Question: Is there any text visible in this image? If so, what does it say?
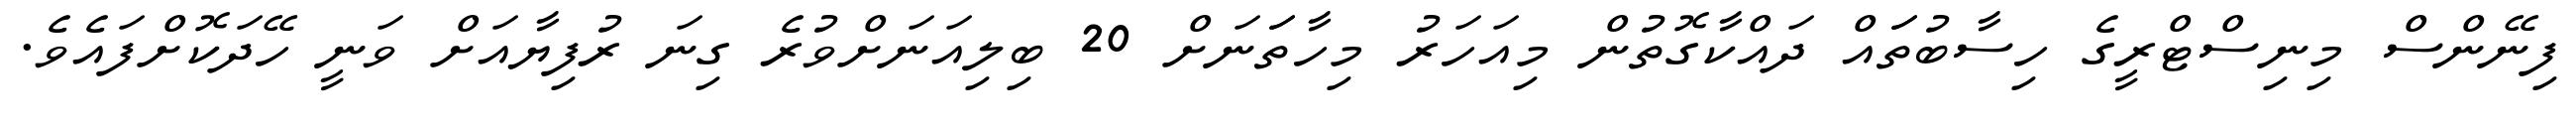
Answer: ފިނޭންސް މިނިސްޓްރީގެ ހިސާބުތަައް ދައްކާގޮތުން މިއަހަރު މިހާތަަނަށް 20 ބިލިއަނަށްވުރެ ގިނަ ރުފިޔާއަށް ވަނީ ހޭދަކޮށްފައެވެ.